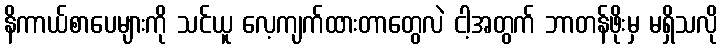
နိကာယ်စာပေများကို သင်ယူ လေ့ကျက်ထားတာတွေလဲ ငါ့အတွက် ဘာတန်ဖိုးမှ မရှိသလို